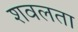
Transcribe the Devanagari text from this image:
शवलता